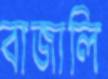
বাজালি